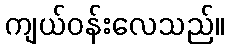
ကျယ်ဝန်းလေသည်။